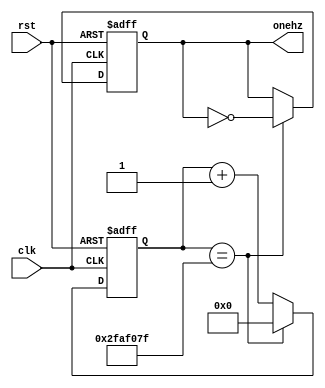
`timescale 1ns / 1ps
//////////////////////////////////////////////////////////////////////////////////
// Company: 
// Engineer: 
// 
// Design Name: 
// Module Name: clockdiv
// Project Name: 
// Target Devices: 
// Tool Versions: 
// Description: 
// 
// Dependencies: 
// 
// Revision:
// Revision 0.01 - File Created
// Additional Comments:
// 
//////////////////////////////////////////////////////////////////////////////////


module clockdiv(
    input clk,
    input rst,
    output onehz
    );
    
    reg [31:0] period = 0;
    reg onehz_reg = 0;
    assign onehz = onehz_reg;
    
    always @ (posedge clk or posedge rst)
    begin
        if (rst)
        begin
            period <= 0;
            onehz_reg <= 0;
        end
            //49999999
        else if (period == 49999999)
        begin
            period <= 0;
            onehz_reg <= ~onehz_reg;
        end
        else
            period <= period + 1;
    end
endmodule